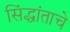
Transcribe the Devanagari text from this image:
सिंद्धांताचे